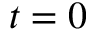
t = 0